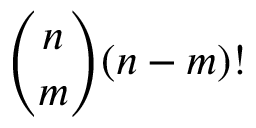
{ \binom { n } { m } } ( n - m ) !